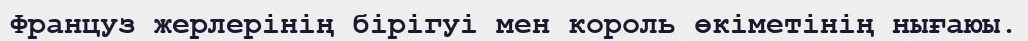
Француз жерлерінің бірігуі мен король өкіметінің нығаюы.